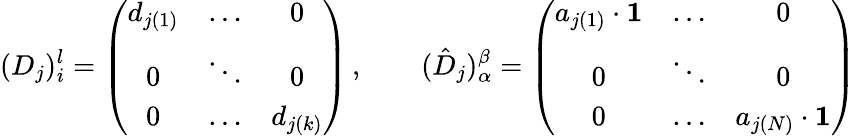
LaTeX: (D_{j})_{i}^{l}=\left(\begin{array}{ccc}{{d_{j(1)}}}&{{\dots}}&{{0}}\\ {{0}}&{{\ddots}}&{{0}}\\ {{0}}&{{\dots}}&{{d_{j(k)}}}\end{array}\right)\, ,\qquad(\hat{D}_{j})_{\alpha}^{\beta}=\left(\begin{array}{ccc}{{a_{j(1)}\cdot{\mathbf 1}}}&{{\dots}}&{{0}}\\ {{0}}&{{\ddots}}&{{0}}\\ {{0}}&{{\dots}}&{{a_{j(N)}\cdot{\mathbf 1}}}\end{array}\right)